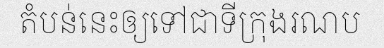
តំបន់នេះឲ្យទៅជាទីក្រុងរណប